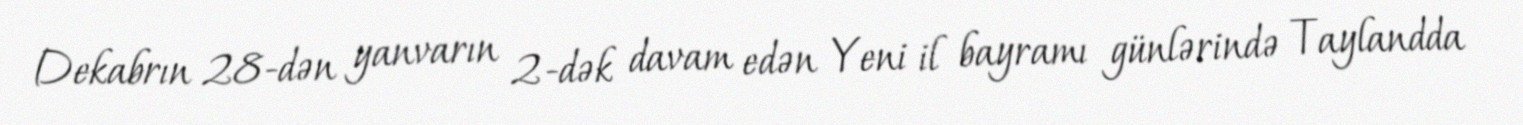
Dekabrın 28-dən yanvarın 2-dək davam edən Yeni il bayramı günlərində Taylandda